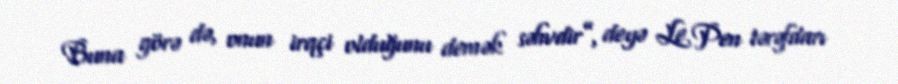
Buna görə də, onun irqçi olduğunu demək səhvdir”, deyə Le Pen tərəfdarı